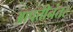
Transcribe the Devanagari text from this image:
आपत्तीनंतर